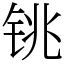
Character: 铫